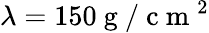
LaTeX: \lambda=150\mathrm{~g~}/\mathrm{~c~m~}^{2}